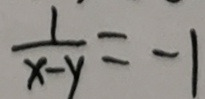
\frac { 1 } { x - y } = - 1